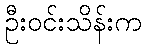
ဦးဝင်းသိန်းက